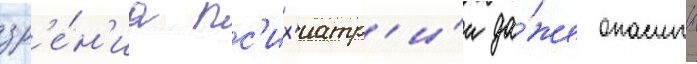
зр'е́н'иа пс'их'иатр'и́и да́же опасныи